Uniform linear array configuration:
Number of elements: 8
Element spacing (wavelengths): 0.25
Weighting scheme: kaiser
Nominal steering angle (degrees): -45
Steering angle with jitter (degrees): -43.701
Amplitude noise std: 0.05
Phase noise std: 0.05

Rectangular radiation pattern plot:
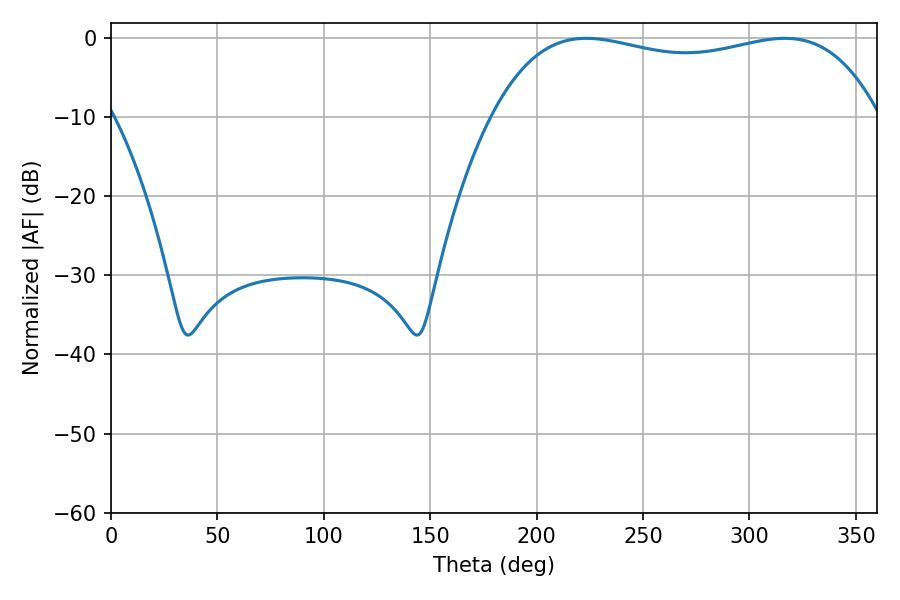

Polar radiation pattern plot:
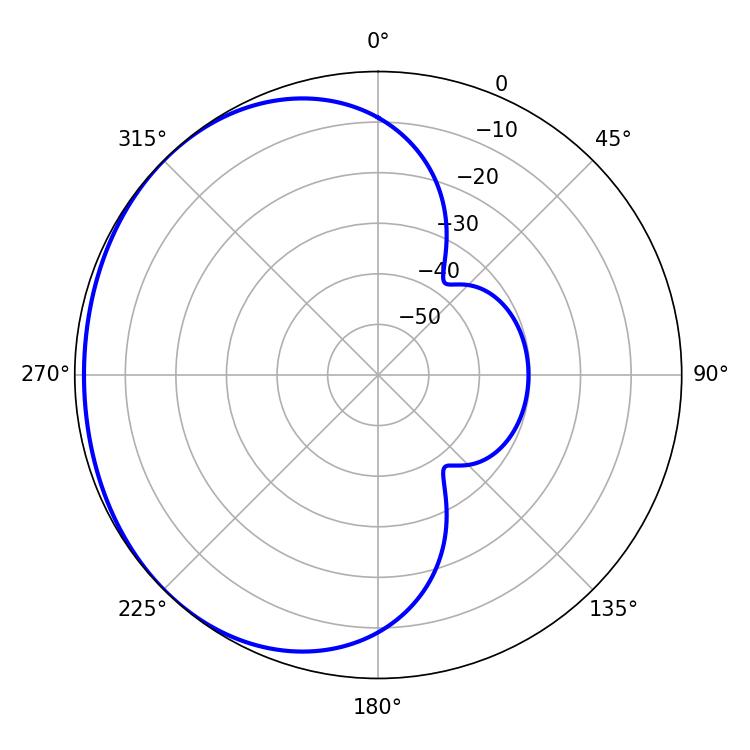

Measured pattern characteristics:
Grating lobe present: FALSE
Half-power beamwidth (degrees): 146.88
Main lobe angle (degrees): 223.38